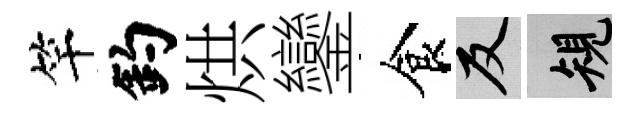
竿釣烘鑾食反規